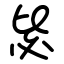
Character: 毖